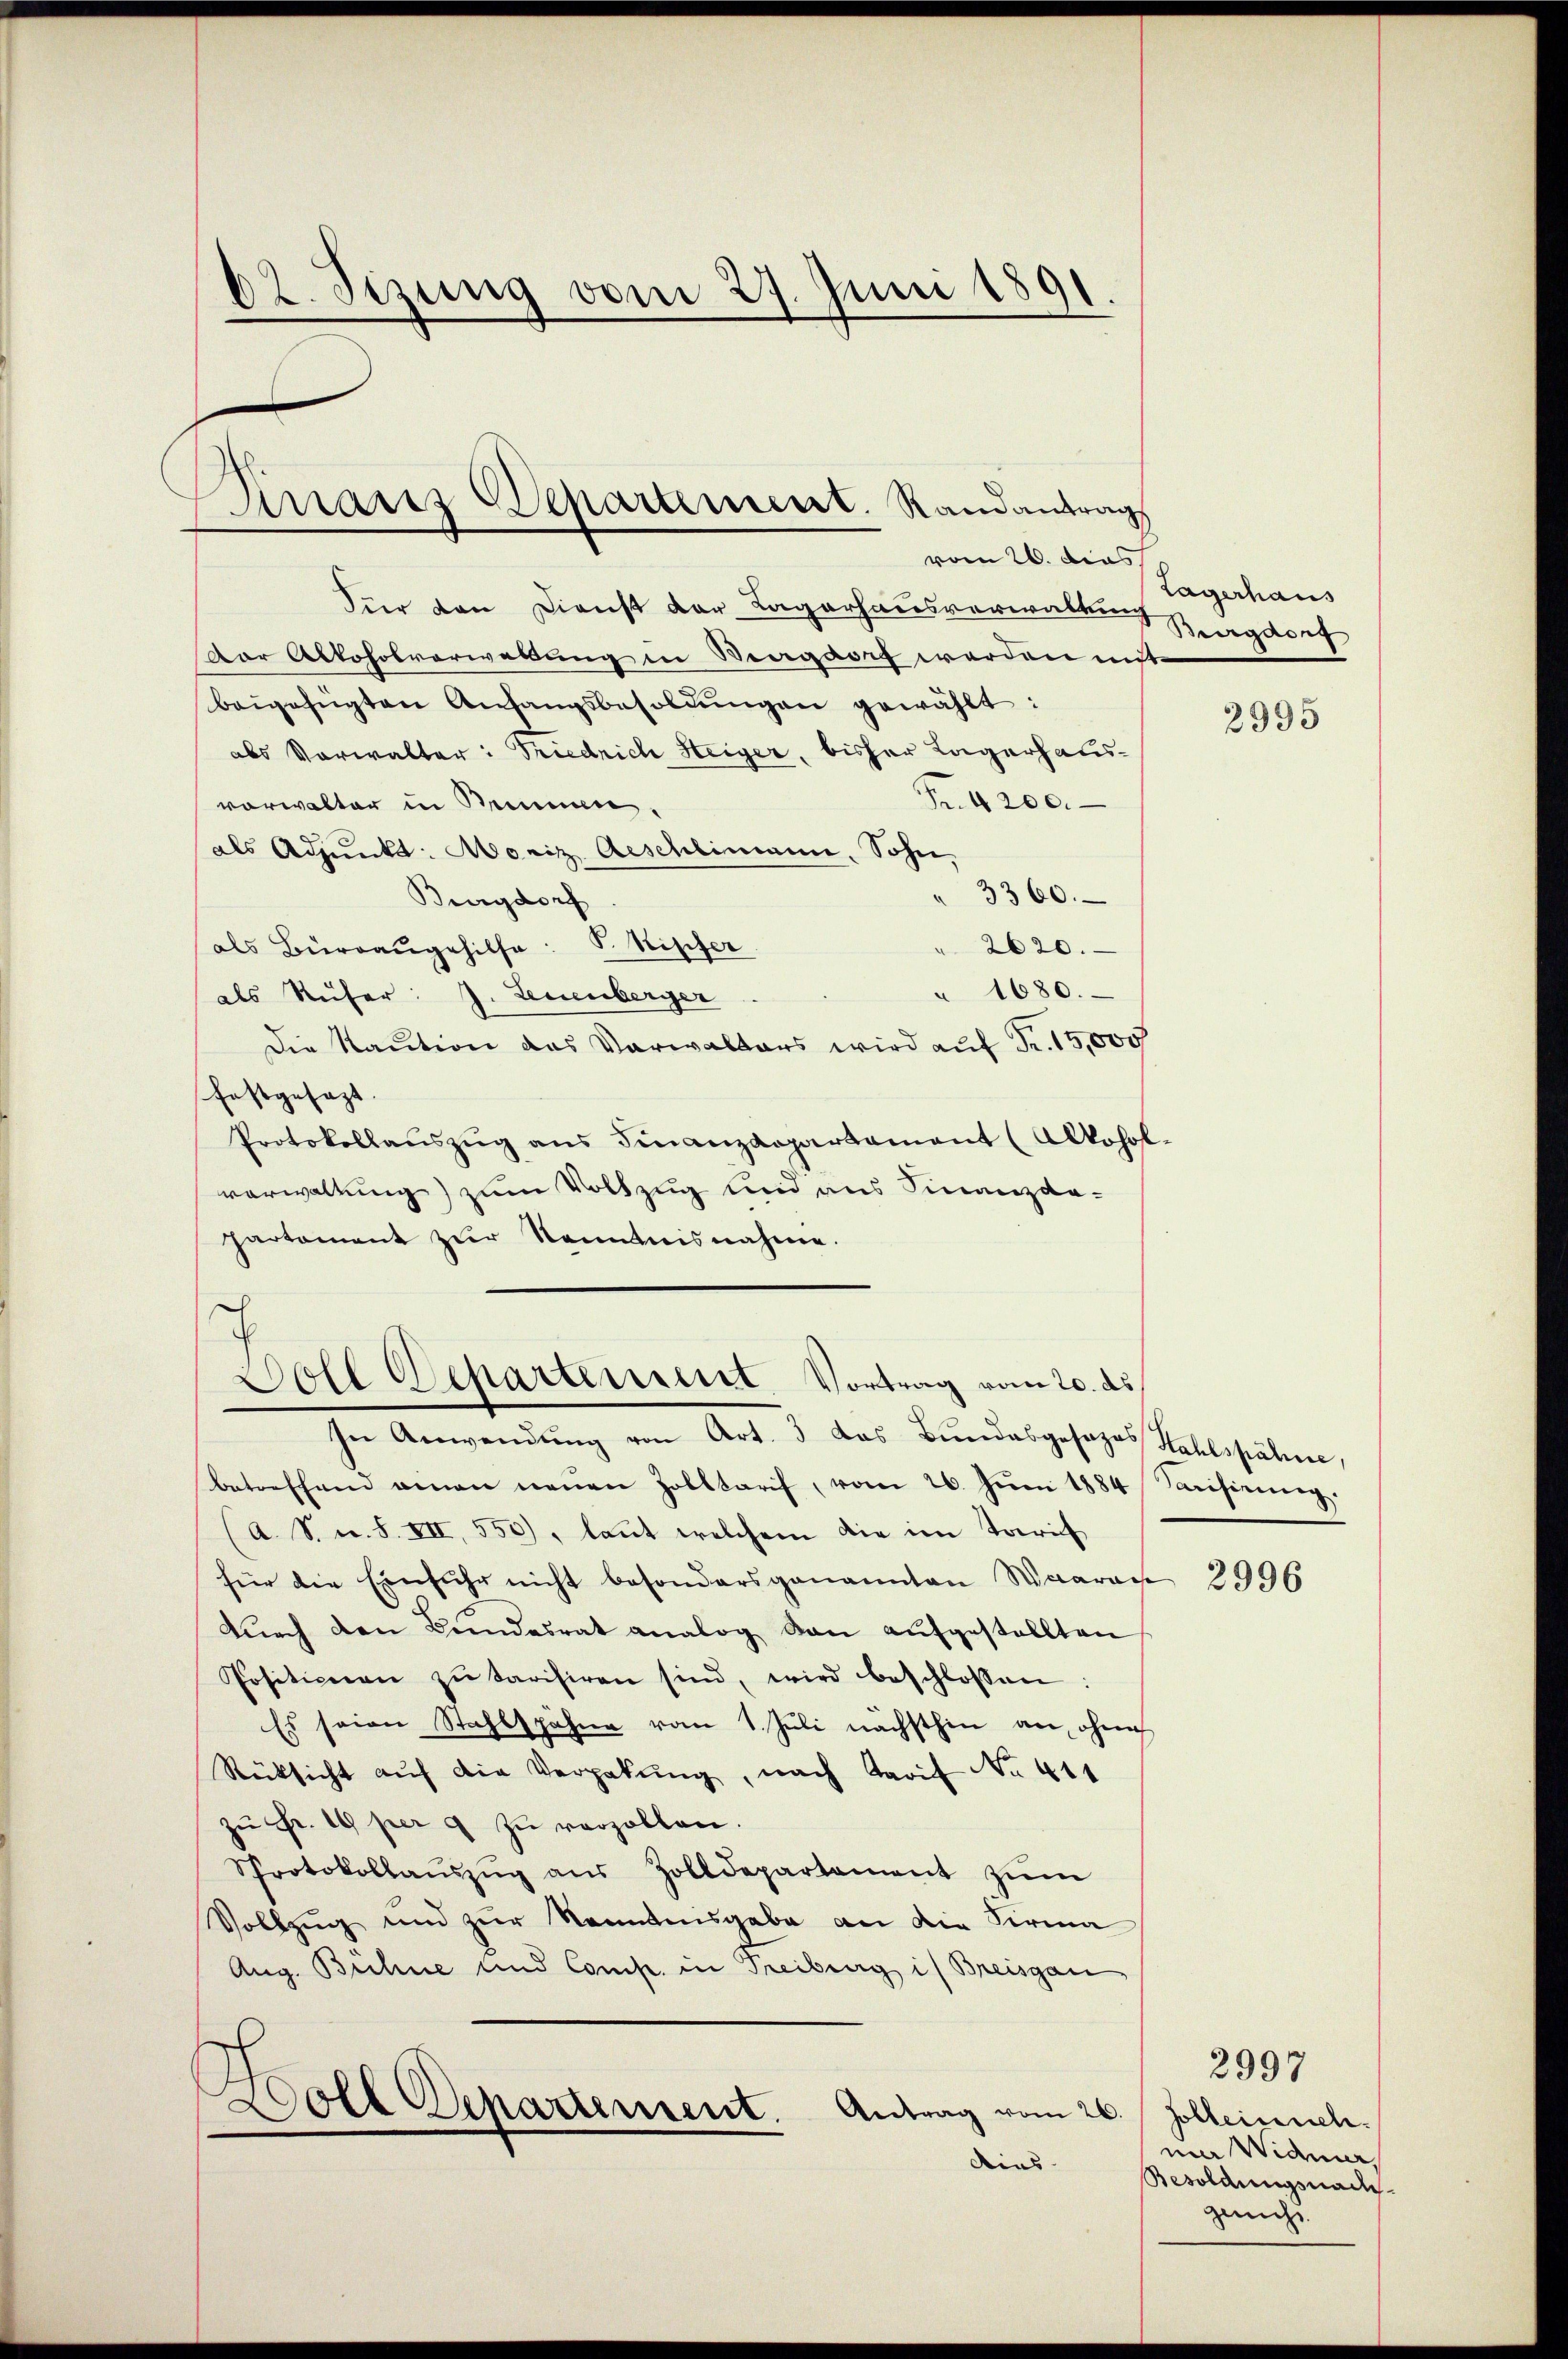
62. Sizung vom 27. Juni 1891.

d
Mraris Departement. Randantrags

vom 26. dies
Für den Dienst der Lagerhausverwalten Burgdorf
Der Abkoholverwaltŭng in Vergart werden mit
beigefügten Anfangsbesoldŭngen gewählt:
abs Vorwalter: Friedrich Heizer, bisher Lagerhaus¬
Fr. 4200.
vorwalter in Bennen.
als Adjunkt: Moriz Aeschlimann, Sohn,
" 3360.
Burgdorf
als Büreaŭgehilfe: P. Kipfer
2620.
" 1680.
als Reiser: J. Leuenberger
Die Kaution das Verwalters wird auf Fr. 15,000
festgesezt. |
Protokollaŭszŭg ans Finanzdepartament (Alkohol-
verwaltung) zum Vollzug und aus Finanzdapartement zur Kenntnisnahme.
Doll Departement Vortrag vom 20. ds
In Anwendŭng von Art. 3 das Bŭndesgosozas Kahlspähre,
betreffend einen neuen Zolltarif, vom 26. Jŭni 1884 Tarifirung.
(A. S. m. S. VII, 550), laŭt welchem die im Tarif
für die Einfuhr nicht besonders genannten Waarac
dŭrch den Bundesrat analog dan aŭfgestellten
Positionen zŭ tarisiren sind, wird beschlossen:
Es seien Stahlspähne vom 1. Juli nächsthin an, ohneh
Rücksicht aŭf die Vergabŭng, nach Tarif No 411
zŭ Fr. 10 per 9 zŭ verzollen.
Protokollaŭszŭg aŭs Zolldepartament zŭm
Vollzug und zur Kenntnisgabe an die Firma
Aug. Bechne und Comp. in Treiburg i/ Breisgau
Woll Departement.
Antrag vom 26. Folleinsch.
Aius.

Lagerhaus

2995

2996

mier Widmer,
Besoldungsnach
geich

2997